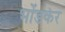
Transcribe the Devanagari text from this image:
भोंडकर